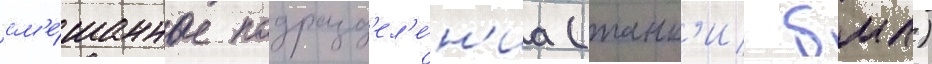
см'е́шанные подразд'ел'е́н'иа (танк'и/ бмп)